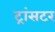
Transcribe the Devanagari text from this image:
ट्रांसटर